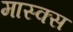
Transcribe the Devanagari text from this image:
मास्क्स